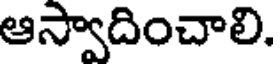
ఆస్వాదించాలి.